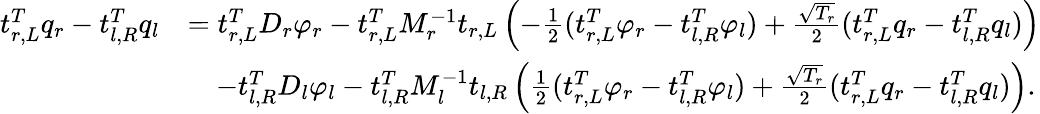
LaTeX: \begin{array}{rl}{t_{r,L}^{T}q_{r}-t_{l,R}^{T}q_{l}}&{=t_{r,L}^{T}D_{r}\varphi_{r}-t_{r,L}^{T}M_{r}^{-1}t_{r,L}\left(-\frac{1}{2}(t_{r,L}^{T}\varphi_{r}-t_{l,R}^{T}\varphi_{l})+\frac{\sqrt{T_{r}}}{2}(t_{r,L}^{T}q_{r}-t_{l,R}^{T}q_{l})\right)}\\ &{\quad-t_{l,R}^{T}D_{l}\varphi_{l}-t_{l,R}^{T}M_{l}^{-1}t_{l,R}\left(\frac{1}{2}(t_{r,L}^{T}\varphi_{r}-t_{l,R}^{T}\varphi_{l})+\frac{\sqrt{T_{r}}}{2}(t_{r,L}^{T}q_{r}-t_{l,R}^{T}q_{l})\right).}\end{array}